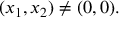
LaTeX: ( x _ { 1 } , x _ { 2 } ) \neq ( 0 , 0 ) .